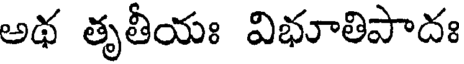
అథ తృతీయః విభూతిపాదః